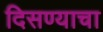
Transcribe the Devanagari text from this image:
दिसण्याचा